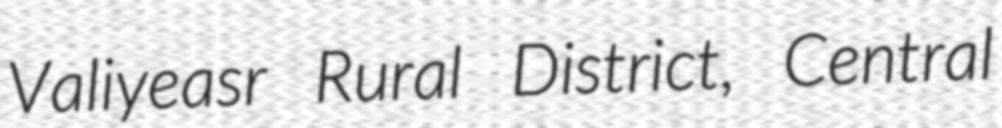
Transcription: Valiyeasr Rural District, Central